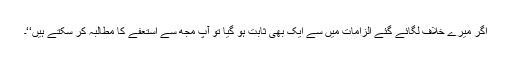
اگر میرے خلاف لگائے گئے الزامات میں سے ایک بھی ثابت ہو گیا تو آپ مجھ سے استعفے کا مطالبہ کر سکتے ہیں‘‘۔